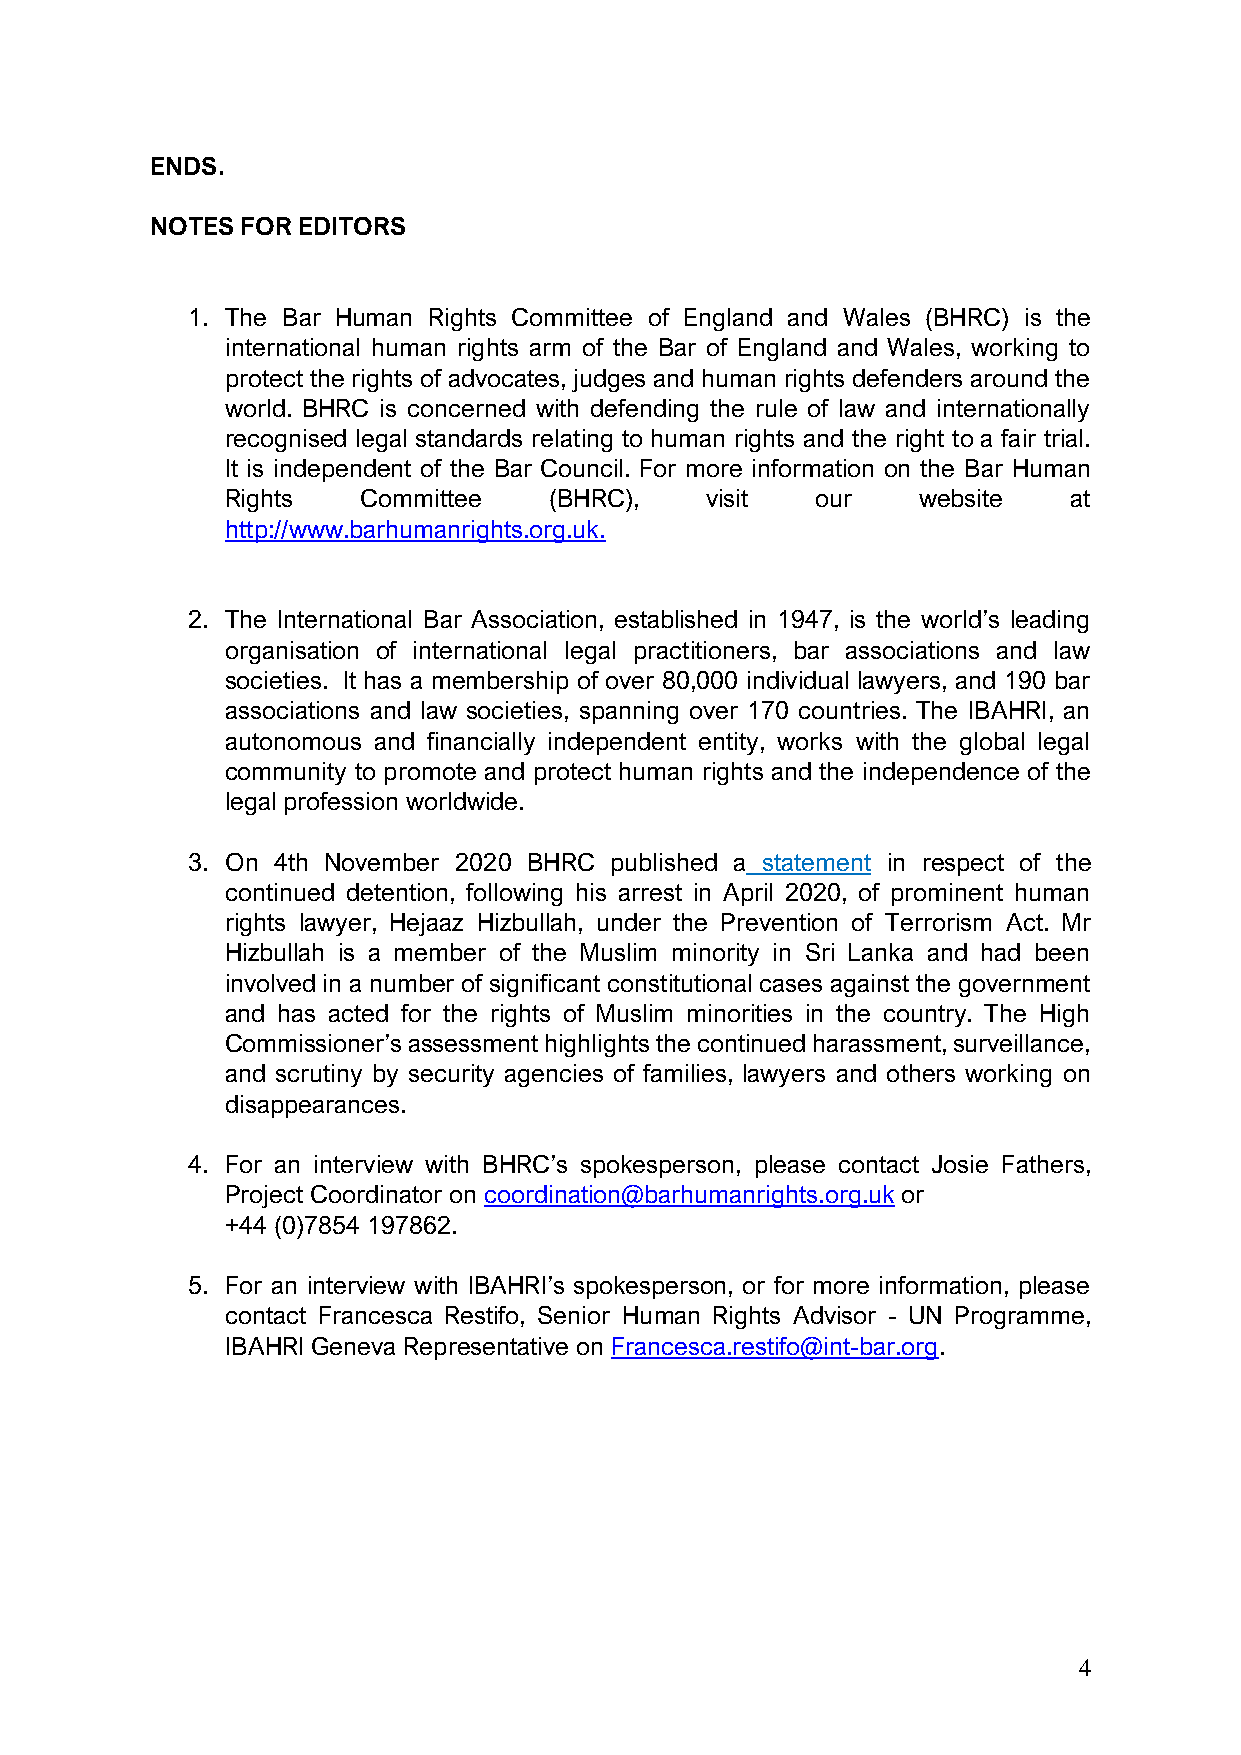
ENDS.
 NOTES FOR EDITORS
 1. The Bar Human Rights Committee of England and Wales (BHRC) is the
 international human rights arm of the Bar of England and Wales, working to
 protect the rights of advocates, judges and human rights defenders around the
 world. BHRC is concerned with defending the rule of law and internationally
 recognised legal standards relating to human rights and the right to a fair trial.
 It is independent of the Bar Council. For more information on the Bar Human
 Rights   Committee   (BHRC),    visit  our    website   at
 http://www.barhumanrights.org.uk.
 2. The International Bar Association, established in 1947, is the world’s leading
 organisation of international legal practitioners, bar associations and law
 societies. It has a membership of over 80,000 individual lawyers, and 190 bar
 associations and law societies, spanning over 170 countries. The IBAHRI, an
 autonomous and financially independent entity, works with the global legal
 community to promote and protect human rights and the independence of the
 legal profession worldwide.
 3. On 4th November 2020 BHRC published a statement in respect of the
 continued detention, following his arrest in April 2020, of prominent human
 rights lawyer, Hejaaz Hizbullah, under the Prevention of Terrorism Act. Mr
 Hizbullah is a member of the Muslim minority in Sri Lanka and had been
 involved in a number of significant constitutional cases against the government
 and has acted for the rights of Muslim minorities in the country. The High
 Commissioner’s assessment highlights the continued harassment, surveillance,
 and scrutiny by security agencies of families, lawyers and others working on
 disappearances.
 4. For an interview with BHRC’s spokesperson, please contact Josie Fathers,
 Project Coordinator on coordination@barhumanrights.org.uk or
 +44 (0)7854 197862.
 5. For an interview with IBAHRI’s spokesperson, or for more information, please
 contact Francesca Restifo, Senior Human Rights Advisor - UN Programme,
 IBAHRI Geneva Representative on Francesca.restifo@int-bar.org.
 4